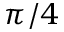
\pi / 4